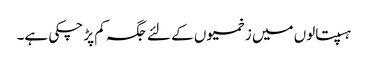
ہسپتالوں میں زخمیوں کے لئے جگہ کم پڑ چکی ہے۔